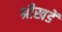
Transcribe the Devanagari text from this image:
श्रीखडें